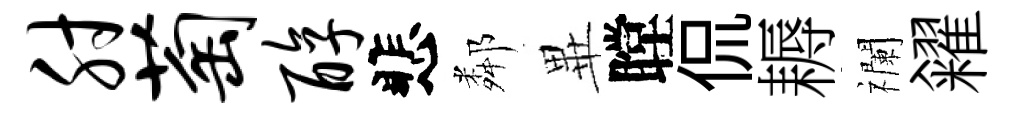
肘萄醇悲鄰𭺾瞠侃耨襴糴